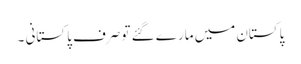
پاکستان میں مارے گئے تو صرف پاکستانی ۔